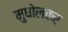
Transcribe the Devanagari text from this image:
मुधोलकर